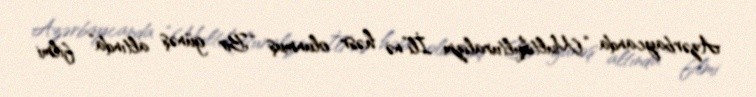
Azərbaycanda “Multikulturalizm İli”nə həsr olunmuş “Bir günəş altında” filmi